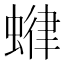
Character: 𧍶